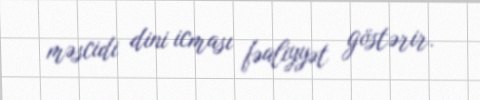
məscidi dini icması fəaliyyət göstərir.